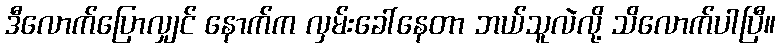
ဒီလောက်ပြောလျှင် နောက်က လှမ်းခေါ်နေတာ ဘယ်သူလဲလို့ သိလောက်ပါပြီ။